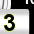
Digit: 3